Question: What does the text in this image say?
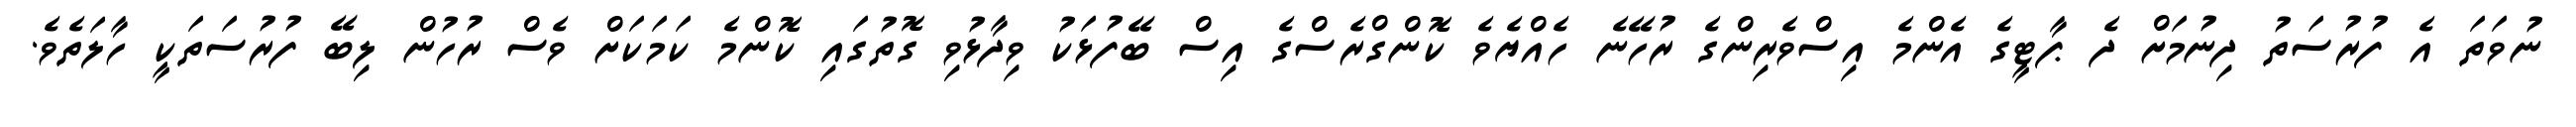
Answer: ނުވަތަ އެ ފުރުސަތު ދިނުމަށް ދެ ޕާޓީގެ އެންމެ އިސްވެރިންގެ ރުހޭނެ ހެއްޔެވެ ކޮންގްރެސްގެ އިސް ބޭފުޅަކު ވިދާޅުވި ގޮތުގައި ކޮންމެ ކަމަކަށް ވެސް ރުހުން ލިބޭ ފުރުސަތަކީ ހާލަތެވެ.